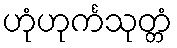
ဟုံဟုင်္ကသုတ္တံ